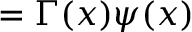
\, = \Gamma ( x ) \psi ( x )